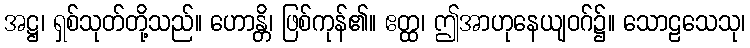
အဋ္ဌ၊ ရှစ်သုတ်တို့သည်။ ဟောန္တိ၊ ဖြစ်ကုန်၏။ ဧတ္ထ၊ ဤအာဟုနေယျဝဂ်၌။ သောဠသေသု၊